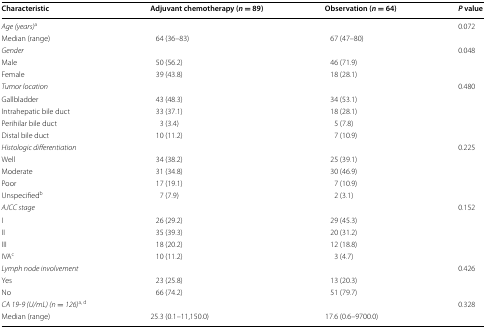
| Characteristic | Adjuvant chemotherapy (n = 89) | Observation (n = 64) | P value |
 | --- | --- | --- | --- |
 | Age (years)a |  |  | 0.072 |
 | Median (range) | 64 (36–83) | 67 (47–80) |  |
 | Gender |  |  | 0.048 |
 | Male | 50 (56.2) | 46 (71.9) |  |
 | Female | 39 (43.8) | 18 (28.1) |  |
 | Tumor location |  |  | 0.480 |
 | Gallbladder | 43 (48.3) | 34 (53.1) |  |
 | Intrahepatic bile duct | 33 (37.1) | 18 (28.1) |  |
 | Perihilar bile duct | 3 (3.4) | 5 (7.8) |  |
 | Distal bile duct | 10 (11.2) | 7 (10.9) |  |
 | Histologic differentiation |  |  | 0.225 |
 | Well | 34 (38.2) | 25 (39.1) |  |
 | Moderate | 31 (34.8) | 30 (46.9) |  |
 | Poor | 17 (19.1) | 7 (10.9) |  |
 | Unspecifiedb | 7 (7.9) | 2 (3.1) |  |
 | AJCC stage |  |  | 0.152 |
 | I | 26 (29.2) | 29 (45.3) |  |
 | II | 35 (39.3) | 20 (31.2) |  |
 | III | 18 (20.2) | 12 (18.8) |  |
 | IVAc | 10 (11.2) | 3 (4.7) |  |
 | Lymph node involvement |  |  | 0.426 |
 | Yes | 23 (25.8) | 13 (20.3) |  |
 | No | 66 (74.2) | 51 (79.7) |  |
 | CA 19-9 (U/mL) (n = 126)a, d |  |  | 0.328 |
 | Median (range) | 25.3 (0.1–11,150.0) | 17.6 (0.6–9700.0) |  |